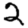
Digit: 2